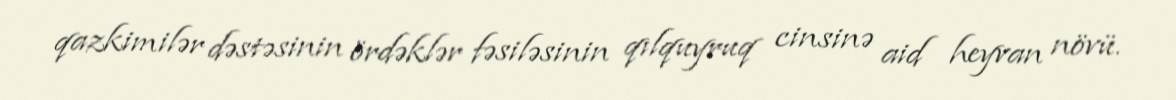
qazkimilər dəstəsinin ördəklər fəsiləsinin qılquyruq cinsinə aid heyvan növü.